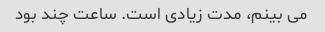
می بینم، مدت زیادی است. ساعت چند بود